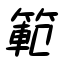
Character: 範